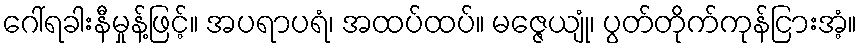
ဂေါ်ရခါးနီမှုန့်ဖြင့်။ အပရာပရံ၊ အထပ်ထပ်။ မဇ္ဇေယျုံ၊ ပွတ်တိုက်ကုန်ငြားအံ့။